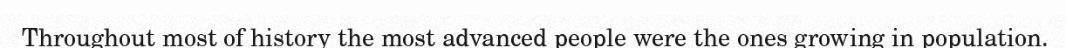
Throughout most of history the most advanced people were the ones growing in population.